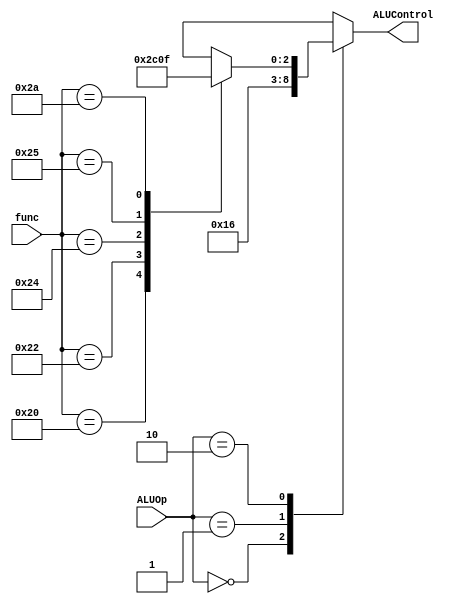
module ALU_Decoder(
input [1:0] ALUOp,
input [5:0] func,
output reg [2:0] ALUControl);

always @ (*) begin
	case(ALUOp)
	2'b00: ALUControl = 3'b010;
	2'b01: ALUControl = 3'b110;
	2'b10: 
		begin	
		case(func)
		6'b100000: ALUControl = 3'b010;
		6'b100010: ALUControl = 3'b110;
		6'b100100: ALUControl = 3'b0;
		6'b100101: ALUControl = 3'b001;
		6'b101010: ALUControl = 3'b111;
		default: ALUControl = 3'bx;
		endcase
		end
	default: ALUControl = 3'bx;
	endcase

end


endmodule